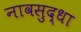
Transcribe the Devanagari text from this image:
नावसुद्धा